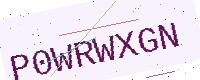
Text: P0WRWXGN